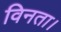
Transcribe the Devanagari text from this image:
विनता।